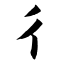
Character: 彳